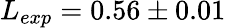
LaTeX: L_{exp}=0.56\pm 0.01